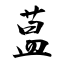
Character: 蒀